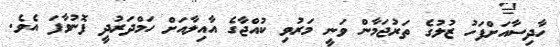
ހާދިސާއަށްފަހު ޒުލުގެ ތަރުޖަމާން ވަނީ މަރުވި ކުއްޖާގެ އާއިލާއަށް ހަމްދަރުދީ ފޮނުވާފަ އެވެ.